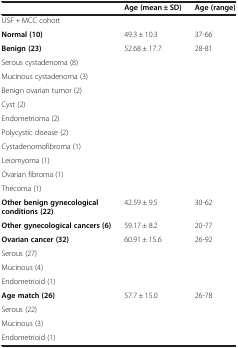
|  | Age (mean ± SD) | Age (range) |
 | --- | --- | --- |
 | USF + MCC cohort |  |  |
 | Normal (10) | 49.3 ± 10.3 | 37-66 |
 | Benign (23) | 52.68 ± 17.7 | 28-81 |
 | Serous cystadenoma (8) |  |  |
 | Mucinous cystadenoma (3) |  |  |
 | Benign ovarian tumor (2) |  |  |
 | Cyst (2) |  |  |
 | Endometrioma (2) |  |  |
 | Polycystic disease (2) |  |  |
 | Cystadenomofibroma (1) |  |  |
 | Leiomyoma (1) |  |  |
 | Ovarian fibroma (1) |  |  |
 | Thecoma (1) |  |  |
 | Other benign gynecological conditions (22) | 42.59 ± 9.5 | 30-62 |
 | Other gynecological cancers (6) | 59.17 ± 8.2 | 20-77 |
 | Ovarian cancer (32) | 60.91 ± 15.6 | 26-92 |
 | Serous (27) |  |  |
 | Mucinous (4) |  |  |
 | Endometrioid (1) |  |  |
 | Age match (26) | 57.7 ± 15.0 | 26-78 |
 | Serous (22) |  |  |
 | Mucinous (3) |  |  |
 | Endometrioid (1) |  |  |